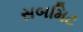
સબમિટ